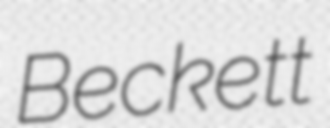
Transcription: Beckett